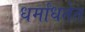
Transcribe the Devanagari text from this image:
धर्मांधतेत